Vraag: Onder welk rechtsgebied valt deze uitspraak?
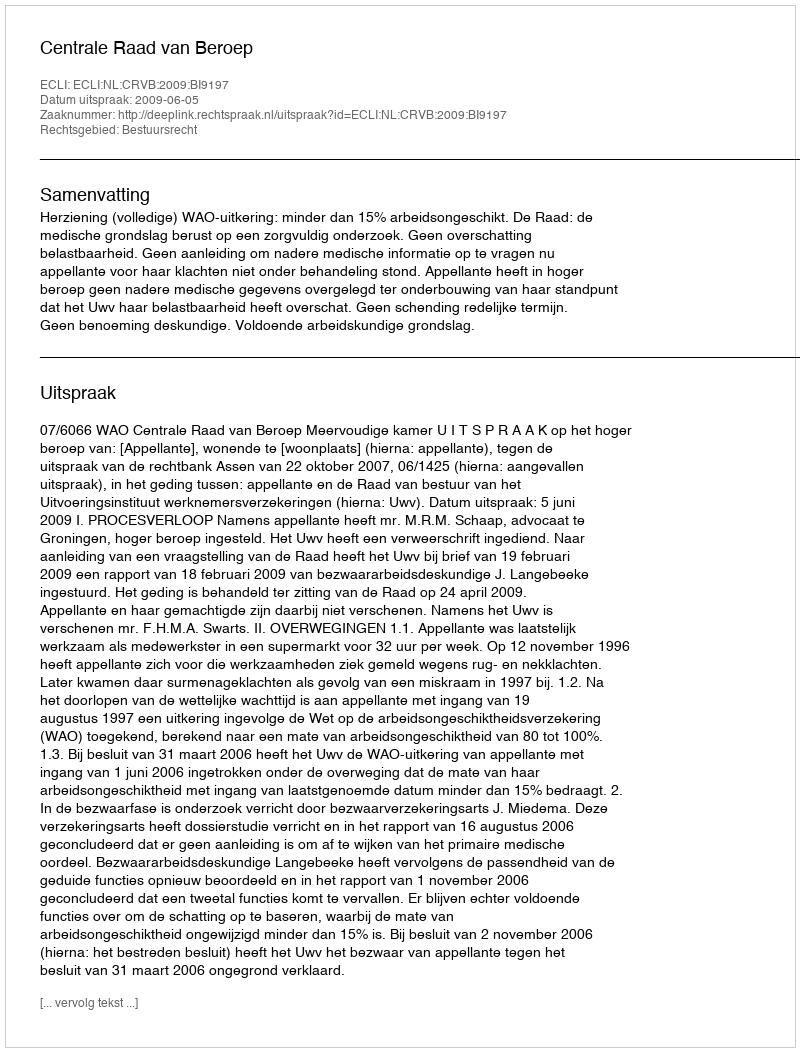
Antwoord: Bestuursrecht